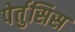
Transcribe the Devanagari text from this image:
पेर्तुसिस